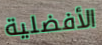
الأفضلية